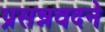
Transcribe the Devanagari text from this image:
प्रसन्नवदने